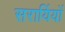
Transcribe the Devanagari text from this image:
सरायिंयों